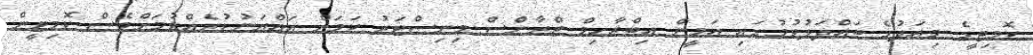
ކޮމިޓީގެ މިއަދުގެ ބައްދަލުވުމުގައި އަމީން އިބްރާހިމް ޓްރާންސް މިނިސްޓަރު ކަމަށް އައްޔަނުކުރެއްވުމަށްވެސް ކޮމިޓީން